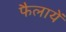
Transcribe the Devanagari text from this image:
फैलायें